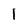
Character: 1